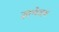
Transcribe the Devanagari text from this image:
ज्ञानेदव